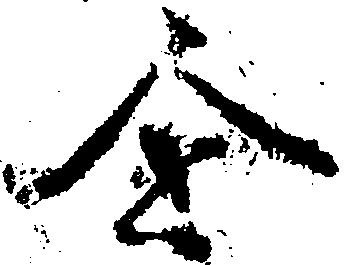
企